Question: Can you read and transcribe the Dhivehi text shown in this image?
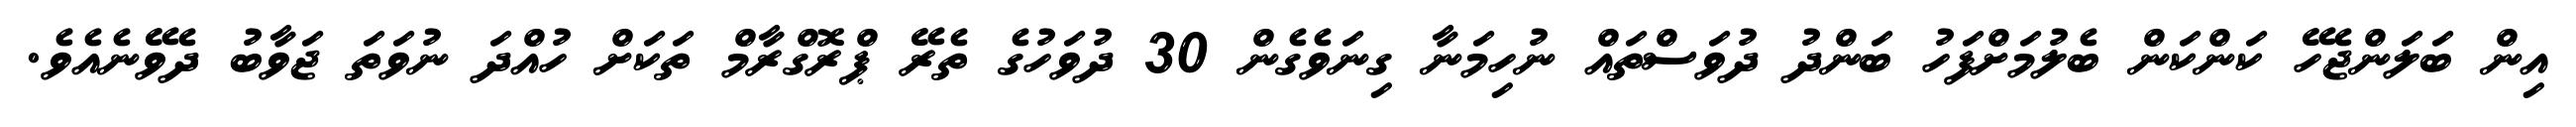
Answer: އިން ބަލަންޖެހޭ ކަންކަން ބެލުމަށްފަހު ބަންދު ދުވަސްތައް ނުހިމަނާ ގިނަވެގެން 30 ދުވަހުގެ ތެރޭ ޕްރޮގްރާމް ތަކަށް ހުއްދަ ނުވަތަ ޖަވާބު ދެވޭނެއެވެ.